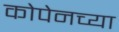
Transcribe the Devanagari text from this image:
कोपेनच्या